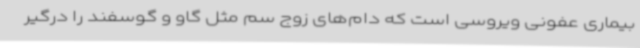
بیماری عفونی ویروسی است که دام‌های زوج سم مثل گاو و گوسفند را درگیر